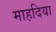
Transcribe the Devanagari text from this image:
माहदिया